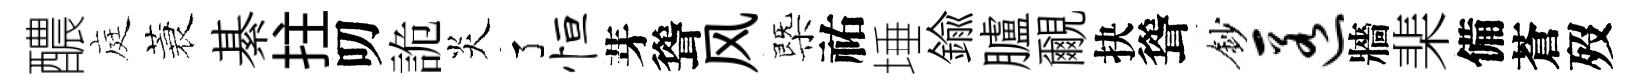
醲庭蓑綦拄叨詭炎了恒芽聳风㮣祐埵鍮臚覼抉聳鈔匿牆棐備蒼歿